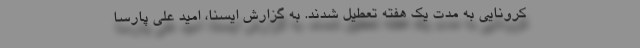
کرونایی به مدت یک هفته تعطیل شدند. به گزارش ایسنا،‌ امید علی پارسا